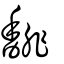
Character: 馡